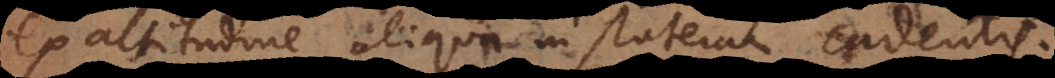
ex altitudine aliqua in stateram cadentis.